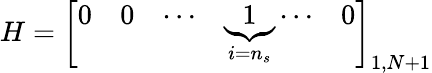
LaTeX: H=\left[\begin{array}{lllll}{0}&{0}&{\cdots}&{\underbrace{1}_{i=n_{s}}\cdots}&{0}\end{array}\right]_{1,N+1}